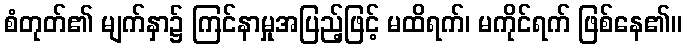
စံတုတ်၏ မျက်နှာ၌ ကြင်နာမှုအပြည့်ဖြင့် မထိရက်၊ မကိုင်ရက် ဖြစ်နေ၏။